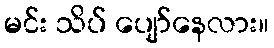
မင်း သိပ် ပျော်နေလား။